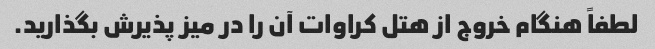
لطفاً هنگام خروج از هتل کراوات آن را در میز پذیرش بگذارید.